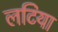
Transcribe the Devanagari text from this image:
लटिया